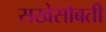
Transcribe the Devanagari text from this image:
सखेसोबती